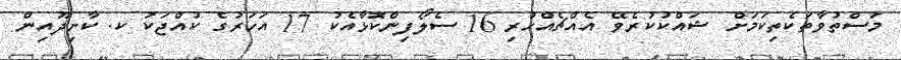
މަސްތުވާތަކެތިކަމަށް ޝައްކުކުރެވޭ އެއްޗެއްހުރި 16 ސެލޯފިންކޮޅާއެކު 17 އަހަރުގެ ކުއްޖަކު ކ. ކާށިދޫއިން